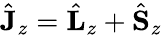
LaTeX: \hat{\mathbf J}_{z}=\hat{\mathbf L}_{z}+\hat{\mathbf S}_{z}